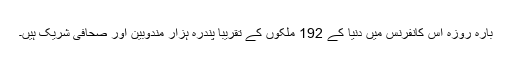
بارہ روزہ اس کانفرنس میں دنیا کے 192 ملکوں‍ کے تقریباً پندرہ ہزار مندوبین اور صحافی شریک ہیں۔